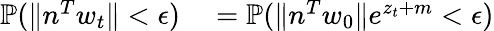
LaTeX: \begin{array}{rl}{\mathbb{P}(\| n^{T}w_{t}\| <\epsilon)}&{{}=\mathbb{P}(\| n^{T}w_{0}\| e^{z_{t}+m}<\epsilon)}\end{array}